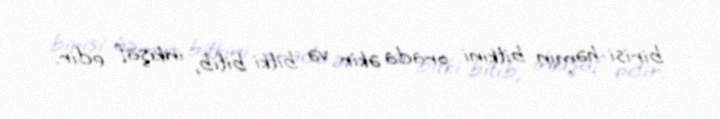
birisi həmin bitkini orada əkir və bitki bitib, inkişaf edir.